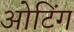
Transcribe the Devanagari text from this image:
ओटिंग